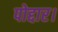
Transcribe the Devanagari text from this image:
पोद्दार।